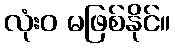
လုံးဝ မဖြစ်နိုင်။